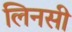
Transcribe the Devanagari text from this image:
लिनसी